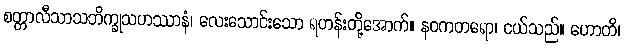
စတ္တာလီသာသဘိက္ခုသဟဿာနံ၊ လေးသောင်းသော ရဟန်းတို့အောက်။ နဝကတရော၊ ငယ်သည်။ ဟောတိ၊